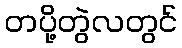
တပို့တွဲလတွင်